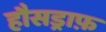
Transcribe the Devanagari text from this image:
हौसड्राफ़